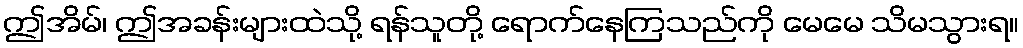
ဤအိမ်၊ ဤအခန်းများထဲသို့ ရန်သူတို့ ရောက်နေကြသည်ကို မေမေ သိမသွားရ။